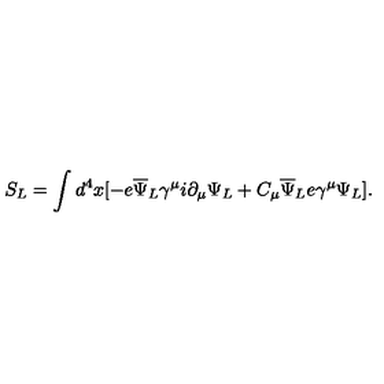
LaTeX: S _ { L } = \int d ^ { 4 } x [ - e { \overline { \Psi } } _ { L } \gamma ^ { \mu } i \partial _ { \mu } \Psi _ { L } + C _ { \mu } { \overline { \Psi } } _ { L } e \gamma ^ { \mu } \Psi _ { L } ] .